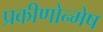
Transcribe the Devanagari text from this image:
प्रकीणोन्मेष